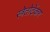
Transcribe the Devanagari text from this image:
स्त्रेतोटेंकर